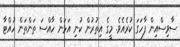
ސާވިސްއިން ފާހަގަ ކުރެއެވެ. މީގެ އިތުރުން ކުނި އަޅަން ހާއްސަ ތަންތަން ހުއްޓާ